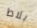
بلاط